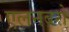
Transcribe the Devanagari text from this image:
एलनबरो